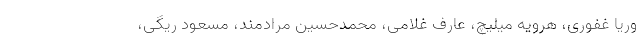
وریا غفوری، هرویه میلیچ، عارف غلامی، محمدحسین مرادمند، مسعود ریگی،